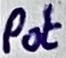
Text: Pot